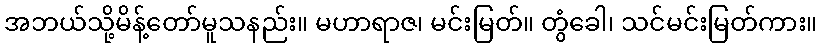
အဘယ်သို့မိန့်တော်မူသနည်း။ မဟာရာဇ၊ မင်းမြတ်။ တွံခေါ၊ သင်မင်းမြတ်ကား။